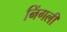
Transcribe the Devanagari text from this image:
निंगली